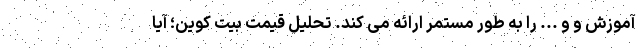
آموزش و و ... را به طور مستمر ارائه می کند. تحلیل قیمت بیت کوین؛ آیا